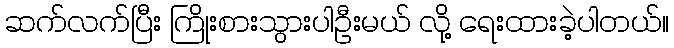
ဆက်လက်ပြီး ကြိုးစားသွားပါဦးမယ် လို့ ရေးထားခဲ့ပါတယ်။